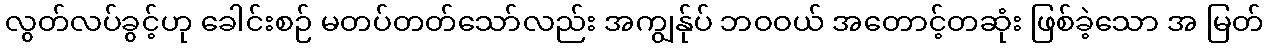
လွတ်လပ်ခွင့်ဟု ခေါင်းစဉ် မတပ်တတ်သော်လည်း အကျွန်ုပ် ဘဝဝယ် အတောင့်တဆုံး ဖြစ်ခဲ့သော အ မြတ်